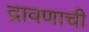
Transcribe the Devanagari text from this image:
द्रावणाची